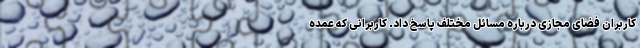
کاربران فضای مجازی درباره مسائل مختلف پاسخ داد. کاربرانی که عمده